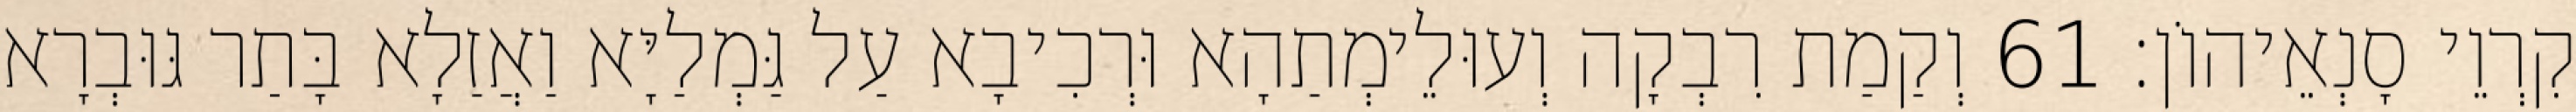
קִרְוֵי סָנְאֵיהוֹן׃ 61 וְקַמַת רִבְקָה וְעוּלֵימְתַהָא וּרְכִיבָא עַל גַּמְלַיָּא וַאֲזַלָא בָּתַר גּוּבְרָא